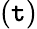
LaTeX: (\mathtt{t})